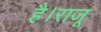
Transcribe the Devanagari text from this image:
है।राजू